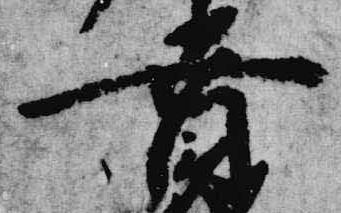
賁